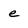
Character: e